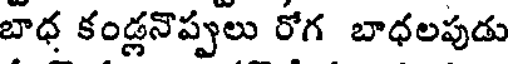
బాధ కండ్లనొప్పులు రోగ బాధలపుడు